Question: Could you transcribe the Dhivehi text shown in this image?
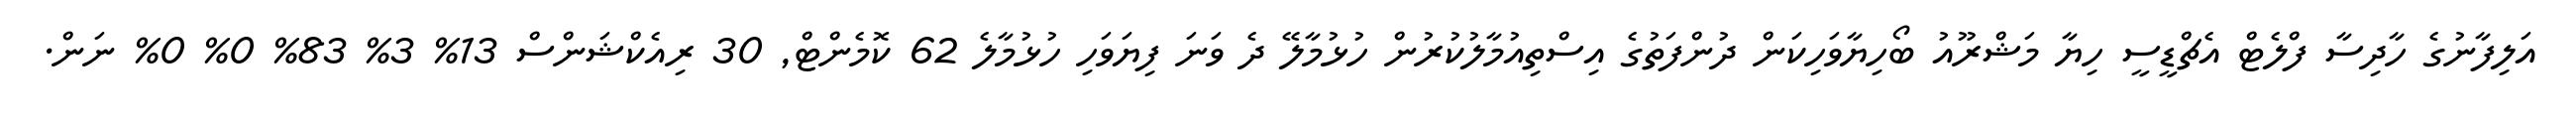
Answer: އަލިފާނުގެ ހާދިސާ ފްލެޓް އެޗްޑީސީ ހިޔާ މަޝްރޫއު ބޯހިޔާވަހިކަން ދުންފަތުގެ އިސްތިއުމާލުކުރުން ހުޅުމާލޭ ދެ ވަނަ ފިޔަވަހި ހުޅުމާލެ 62 ކޮމެންޓް, 30 ރިއެކްޝަންސް 13% 3% 83% 0% 0% ނަން.